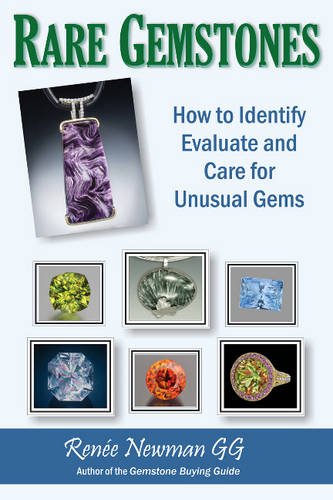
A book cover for Rare Gemstones: How to Identify, Evaluate and Care for Unusual Gems; Renee Newman; Sports & Outdoors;